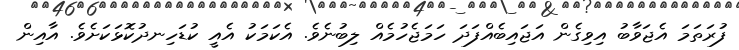
ފުރަތަމަ އެޖަވާބު އިވިގެން އަޖައިބެއްފަދަ ހަމަޖެހުމެއް ލިބުނެވެ. އެކަމަކު އެއީ ކުޑަހިނދުކޮޅަކަށެވެ. އާއިން